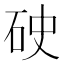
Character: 𥑏